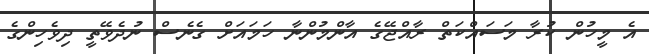
އެ މީހުން ކުރާ މަސައްކަތް ރާއްޖޭގެ އާންމުންނާ ހަމައަށް ގެނެސް ނުދެވޭތީ ދިވެހިންގެ